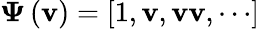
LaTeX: {\boldsymbol{\Psi}}\left({\mathbf{v}}\right)=\left[{1,{\mathbf{v}},{\mathbf{vv}},\cdots}\right]